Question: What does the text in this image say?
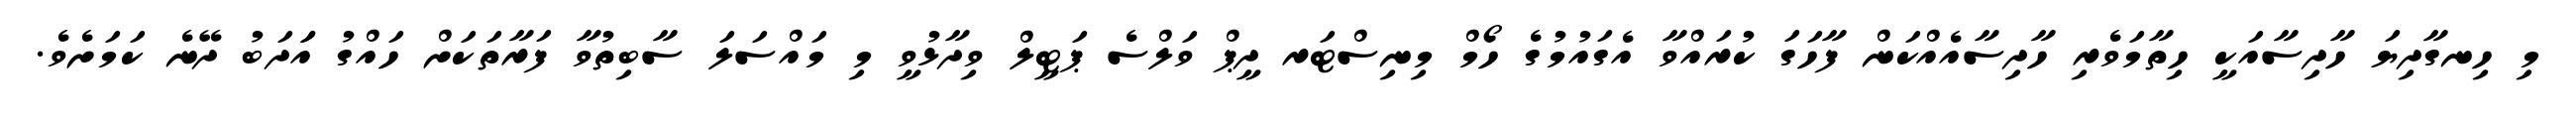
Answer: މި ހިނގާދިޔަ ހާދިސާއަކީ ހިތާމަވެރި ހާދިސާއެއްކަން ފާހަގަ ކުރައްވާ އެގައުމުގެ ހޯމް މިނިސްޓަރ ދީޕް ވަލްސެ ޕަޓީލް ވިދާޅުވީ މި މައްސަލަ ސާބިތުވާ ފަރާތަކަށް ހައްގު އަަދަބު ދޭނެ ކަމަށެވެ.